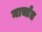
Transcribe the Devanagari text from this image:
मार्चात